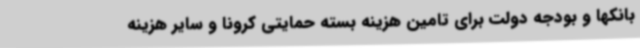
بانکها و بودجه دولت برای تامین هزینه بسته حمایتی کرونا و سایر هزینه